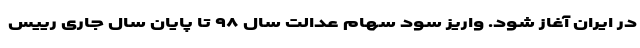
در ایران آغاز شود. واریز سود سهام عدالت سال ٩٨ تا پایان سال جاری رییس